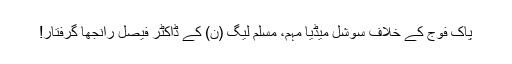
پاک فوج کے خلاف سوشل میڈیا مہم، مسلم لیگ (ن) کے ڈاکٹر فیصل رانجھا گرفتار!